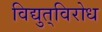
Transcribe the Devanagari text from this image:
विद्युत्‌विरोध